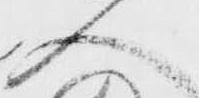
人